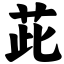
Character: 茈